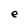
Character: e